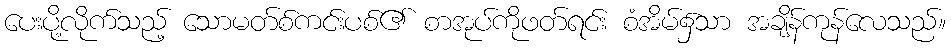
ပေးပို့လိုက်သည့် သောမတ်စ်ကင်းပစ်၏ စာအုပ်ကိုဖတ်ရင်း စံအိမ်၌သာ အချိန်ကုန်လေသည်။